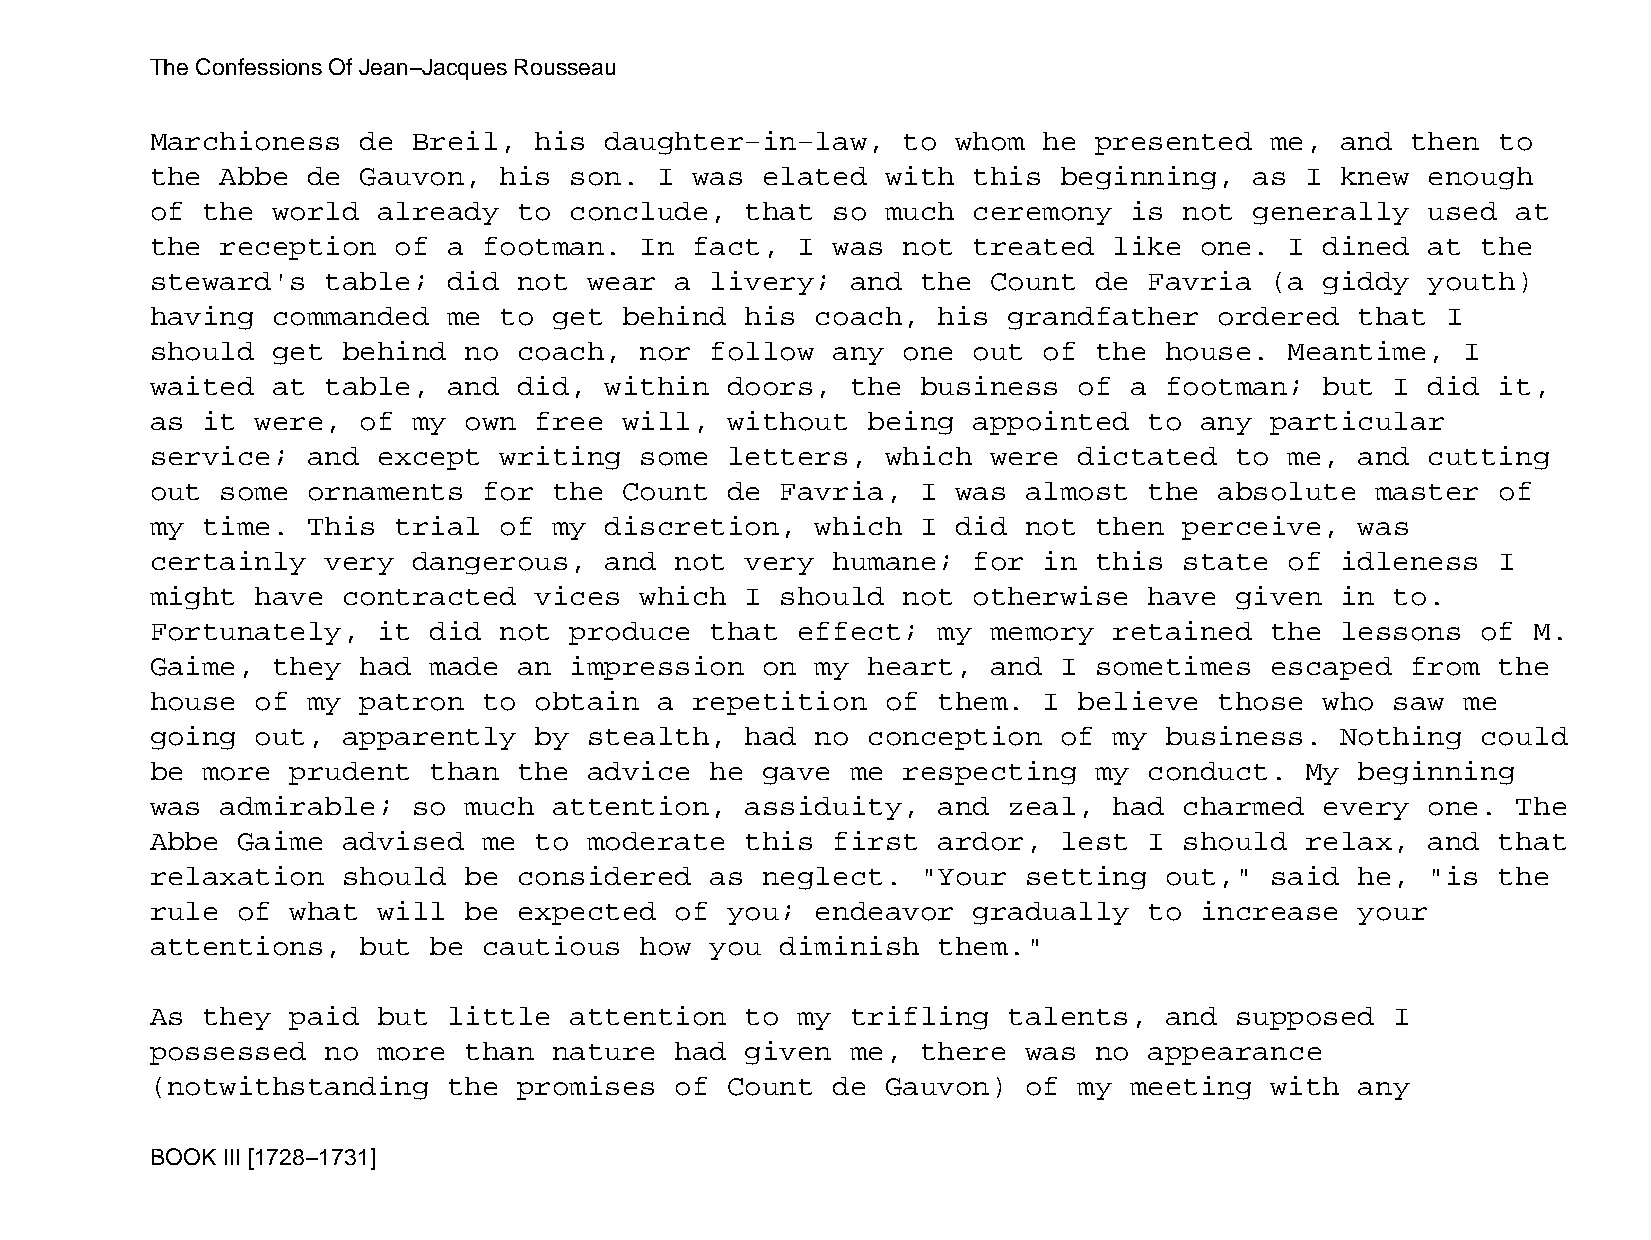
The Confessions Of Jean−Jacques Rousseau
 Marchioness   de Breil,  his  daughter−in−law,    to whom  he presented   me,  and then  to
 the  Abbe de  Gauvon,  his  son.  I was elated   with this  beginning,   as I  knew  enough
 of the  world  already  to  conclude,  that  so  much ceremony   is not  generally   used at
 the  reception  of  a footman.  In  fact,  I was  not treated   like one.  I  dined  at the
 steward's   table;  did not  wear  a livery;  and  the  Count de  Favria  (a  giddy  youth)
 having  commanded   me to  get behind  his  coach,  his  grandfather   ordered  that  I
 should  get  behind  no coach,  nor  follow  any  one out  of the  house.  Meantime,   I
 waited  at  table,  and did,  within  doors,  the  business  of  a footman;   but I  did it,
 as it  were,  of my  own free  will,  without  being  appointed   to any  particular
 service;  and  except  writing  some  letters,   which  were dictated   to me,  and  cutting
 out  some ornaments   for  the Count  de  Favria,  I was  almost  the  absolute  master  of
 my time.  This  trial  of  my discretion,   which  I did  not then  perceive,   was
 certainly   very dangerous,   and  not very  humane;  for  in this  state  of  idleness  I
 might  have  contracted  vices  which  I  should  not otherwise   have  given  in to.
 Fortunately,   it did  not  produce  that  effect;  my  memory  retained  the  lessons  of M.
 Gaime,  they  had made  an  impression  on  my heart,   and I sometimes   escaped  from  the
 house  of my  patron  to obtain   a repetition   of them.  I believe   those  who saw  me
 going  out,  apparently  by  stealth,  had  no conception   of  my business.   Nothing  could
 be more  prudent  than  the  advice  he gave  me  respecting  my  conduct.  My  beginning
 was  admirable;  so  much  attention,  assiduity,   and  zeal,  had charmed   every  one. The
 Abbe  Gaime  advised  me to  moderate  this  first  ardor,  lest  I should  relax,   and that
 relaxation   should  be considered   as neglect.   "Your  setting  out,"  said  he,  "is the
 rule  of what  will  be expected   of you;  endeavor  gradually   to increase   your
 attentions,   but be  cautious  how  you  diminish  them."
 As they  paid  but  little  attention  to  my trifling   talents,  and  supposed  I
 possessed   no more  than  nature  had given  me,  there  was no  appearance
 (notwithstanding    the promises   of Count  de  Gauvon)  of my  meeting  with  any
 BOOK III [1728−1731]